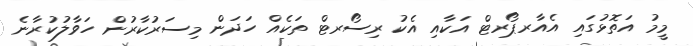
މީމު އަތޮޅުގައި އެއާރޕޯރޓް އަކާއި އެކު ރިސޯރޓް ތަކެއް ހަދަން މިސަރުކާރުން ހަވާލުކުރާނެ